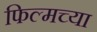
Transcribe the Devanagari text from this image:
फिल्मच्या